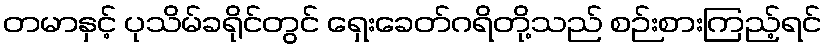
တမာနှင့် ပုသိမ်ခရိုင်တွင် ရှေးခေတ်ဂရိတို့သည် စဉ်းစားကြည့်ရင်